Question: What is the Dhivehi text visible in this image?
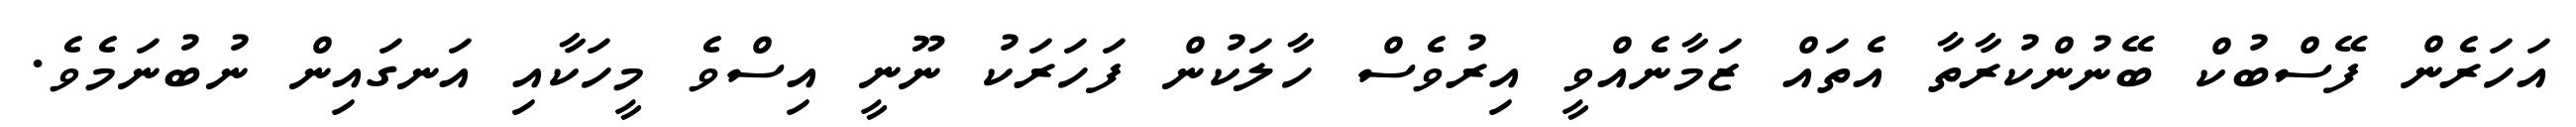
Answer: އަހަރެން ފޭސްބުކް ބޭނުންކުރާތާ އެތައް ޒަމާނެއްވީ އިރުވެސް ހާލަކުން ފަހަރަކު ނޫނީ އިސްވެ މީހަކާއި އަނގައިން ނުބުނަމެވެ.